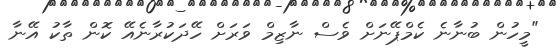
"މީހުން ބުނާނެ ކެމްޕޭނަށް ވެސް ނާޒިމް ވަރަށް ހޭދަކުރާނެއޭ ކޮން ތާކު އޭނާ